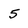
Character: 5